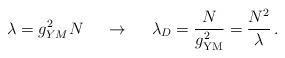
LaTeX: \begin{align*}\lambda= g^2_{YM} N\, \;\;\;\;\rightarrow \,\;\;\;\; \lambda_D = \frac{N}{g^2_{\rm YM}} = \frac{N^2}{\lambda} \, .\end{align*}